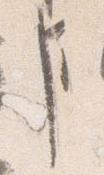
事